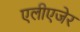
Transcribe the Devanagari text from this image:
एलीएजेर